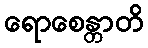
ရောစေန္တာတိ